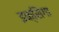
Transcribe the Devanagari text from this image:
इक्सिंगा